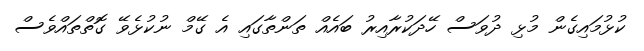
ކުޅުމައިގެން މުޅި ދުވަސް ހޭދަކުރާއިރު ބައެއް ތަންތާގައި އެ ގޭމް ނުކުޅެވޭ ގޮތްތައްވެސް